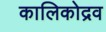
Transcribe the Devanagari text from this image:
कालिकोद्रव